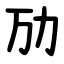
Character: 劢